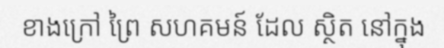
ខាងក្រៅ ព្រៃ សហគមន៍ ដែល ស្ថិត នៅក្នុង